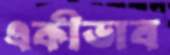
একীভাব